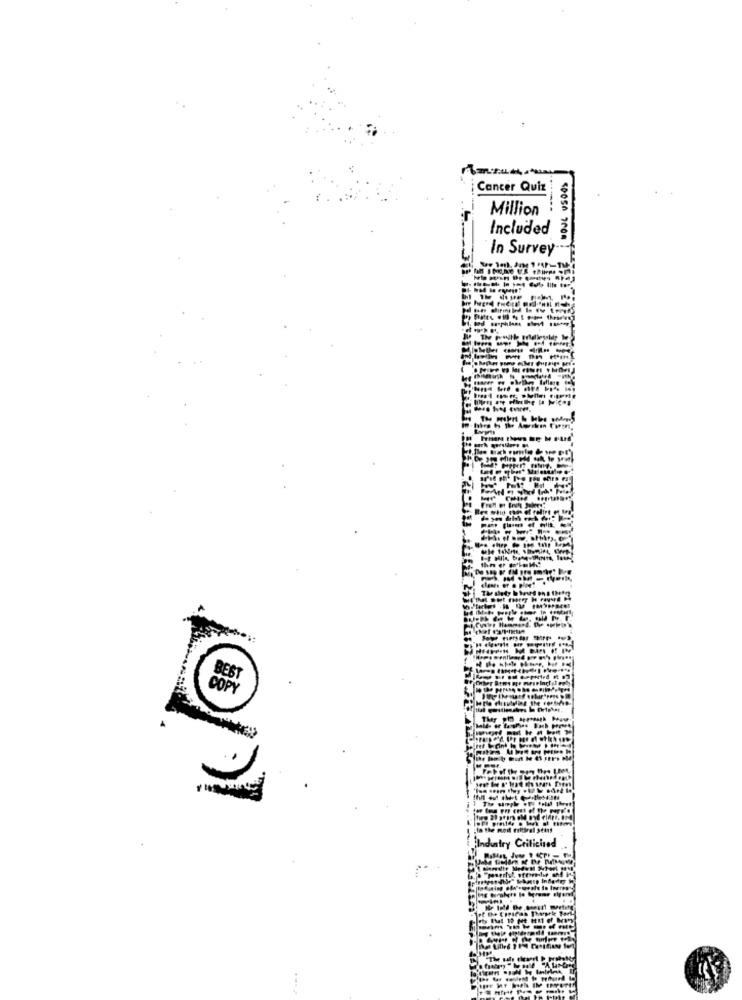
Cancer Quiz
Million
Included ğ
In Survey
COPY
atry Critiched